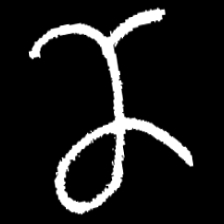
Pyu character \u2014 Myanmar letter: ဏ (romanized: nna)